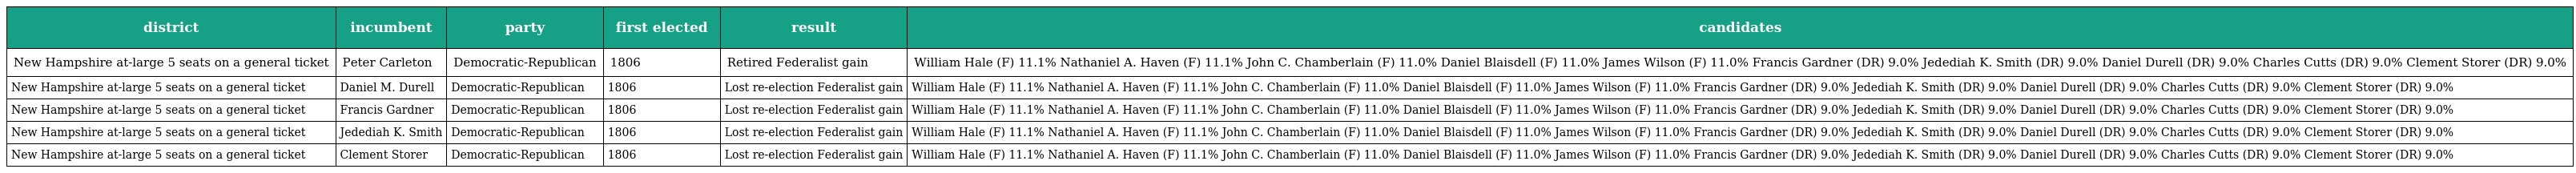
| district | incumbent | party | first elected | result | candidates |
 | --- | --- | --- | --- | --- | --- |
 | New Hampshire at-large 5 seats on a general ticket | Peter Carleton | Democratic-Republican | 1806 | Retired Federalist gain | William Hale (F) 11.1% Nathaniel A. Haven (F) 11.1% John C. Chamberlain (F) 11.0% Daniel Blaisdell (F) 11.0% James Wilson (F) 11.0% Francis Gardner (DR) 9.0% Jedediah K. Smith (DR) 9.0% Daniel Durell (DR) 9.0% Charles Cutts (DR) 9.0% Clement Storer (DR) 9.0% |
 | New Hampshire at-large 5 seats on a general ticket | Daniel M. Durell | Democratic-Republican | 1806 | Lost re-election Federalist gain | William Hale (F) 11.1% Nathaniel A. Haven (F) 11.1% John C. Chamberlain (F) 11.0% Daniel Blaisdell (F) 11.0% James Wilson (F) 11.0% Francis Gardner (DR) 9.0% Jedediah K. Smith (DR) 9.0% Daniel Durell (DR) 9.0% Charles Cutts (DR) 9.0% Clement Storer (DR) 9.0% |
 | New Hampshire at-large 5 seats on a general ticket | Francis Gardner | Democratic-Republican | 1806 | Lost re-election Federalist gain | William Hale (F) 11.1% Nathaniel A. Haven (F) 11.1% John C. Chamberlain (F) 11.0% Daniel Blaisdell (F) 11.0% James Wilson (F) 11.0% Francis Gardner (DR) 9.0% Jedediah K. Smith (DR) 9.0% Daniel Durell (DR) 9.0% Charles Cutts (DR) 9.0% Clement Storer (DR) 9.0% |
 | New Hampshire at-large 5 seats on a general ticket | Jedediah K. Smith | Democratic-Republican | 1806 | Lost re-election Federalist gain | William Hale (F) 11.1% Nathaniel A. Haven (F) 11.1% John C. Chamberlain (F) 11.0% Daniel Blaisdell (F) 11.0% James Wilson (F) 11.0% Francis Gardner (DR) 9.0% Jedediah K. Smith (DR) 9.0% Daniel Durell (DR) 9.0% Charles Cutts (DR) 9.0% Clement Storer (DR) 9.0% |
 | New Hampshire at-large 5 seats on a general ticket | Clement Storer | Democratic-Republican | 1806 | Lost re-election Federalist gain | William Hale (F) 11.1% Nathaniel A. Haven (F) 11.1% John C. Chamberlain (F) 11.0% Daniel Blaisdell (F) 11.0% James Wilson (F) 11.0% Francis Gardner (DR) 9.0% Jedediah K. Smith (DR) 9.0% Daniel Durell (DR) 9.0% Charles Cutts (DR) 9.0% Clement Storer (DR) 9.0% |